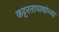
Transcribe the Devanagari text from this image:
कट्टरतावाद्यांच्या